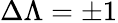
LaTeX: \Delta\Lambda=\pm 1